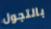
بالتجول